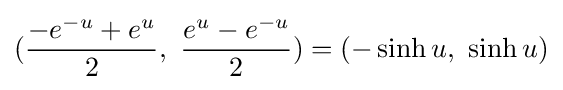
({\frac {-e^{-u}+e^{u}}{2}},\ {\frac {e^{u}-e^{-u}}{2}})=(-\sinh u,\ \sinh u)